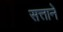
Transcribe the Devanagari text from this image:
सत्ताने